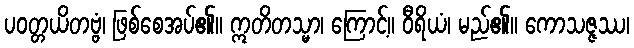
ပဝတ္တယိတဗ္ဗံ၊ ဖြစ်စေအပ်၏။ ဣတိတသ္မာ၊ ကြောင့်။ ဝီရိယံ၊ မည်၏။ ကောသဇ္ဇဿ၊